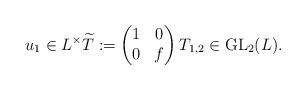
LaTeX: \begin{gather*}u_{1} \in L^{\times} \widetilde{T}:=\begin{pmatrix}1&0\\0&f\end{pmatrix}T_{1,2}\in \operatorname{GL}_{2}(L).\end{gather*}